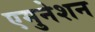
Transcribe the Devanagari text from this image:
एमुनेशन